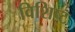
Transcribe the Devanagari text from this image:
विशिष्‍ट